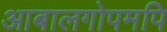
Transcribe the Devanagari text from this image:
आबालगोपमपि